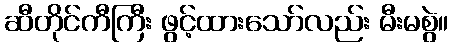
ဆီတိုင်ကီကြီး ဖွင့်ထားသော်လည်း မီးမစွဲ။